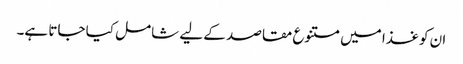
ان کو غذا میں متنوع مقاصد کے لیے شامل کیا جاتا ہے۔